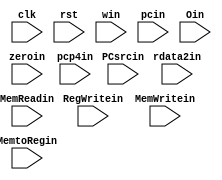
`timescale 1ns/1ns
module EXMEM(
  input clk, rst, zeroin, RegWritein, MemWritein, MemReadin, PCsrcin,
  input[1:0] MemtoRegin,
  input[4:0] win,
  input[31:0] pcp4in, pcin, Oin, rdata2in
  );
  //output reg RegWriteout, MemtoRegout, MemWriteout, MemReadout, ALUsrcout, RegDstout,
  //output reg[1:0] ALUopout,
  //output reg[4:0] inst2016out, inst1511out,
  //output reg[31:0] pcp4out, rdata1out, rdata2out, signexout
  reg zero, RegWrite, MemWrite, MemRead, PCsrc;
  reg[1:0] MemtoReg;
  reg[4:0] w;
  reg[31:0] pcp4, pc, O, rdata2;  
  
  always@(posedge clk, posedge rst) begin
    if(rst) begin
      zero = 1'b0;
      RegWrite = 1'b0;
      MemtoReg = 2'b0;
      MemWrite = 1'b0;
      MemRead = 1'b0;
      PCsrc = 1'b0;
      w = 5'b0;
      pcp4 = 32'b0;
      pc = 32'b0;
      O = 32'b0;
      rdata2 = 32'b0;
    end
    else begin
      zero = zeroin;
      RegWrite = RegWritein;
      MemtoReg = MemtoRegin;
      MemWrite = MemWritein;
      MemRead = MemReadin;
      PCsrc = PCsrcin;
      w = win;
      pcp4 = pcp4in;
      pc = pcin;
      O = Oin;
      rdata2 = rdata2in;
    end
  end
endmodule